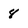
Character: 8